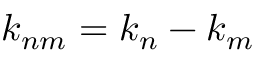
\boldsymbol { k } _ { n m } = \boldsymbol { k } _ { n } - \boldsymbol { k } _ { m }